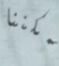
يمكننا